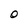
Character: O